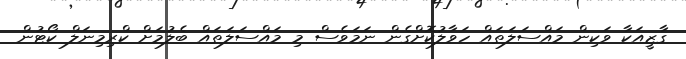
ގާޒީއަކާ ވަކިން މައްސަލަތައް ހަވާލުކޮށްގެން ނަމަވެސް މި މައްސަލަތައް ބެލުމަށް ކްރިމިނަލް ކޯޓުން